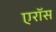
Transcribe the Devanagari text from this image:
एरॉस